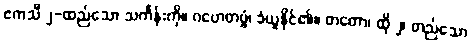
ဧကသီ ၂-ထည်သော သင်္ကန်းကို။ ဂဟေတဗ္ဗံ၊ ခံယူနိုင်၏။ တတော၊ ထို ၂၊ တည်သော